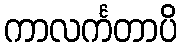
ကာလင်္ကတာပိ